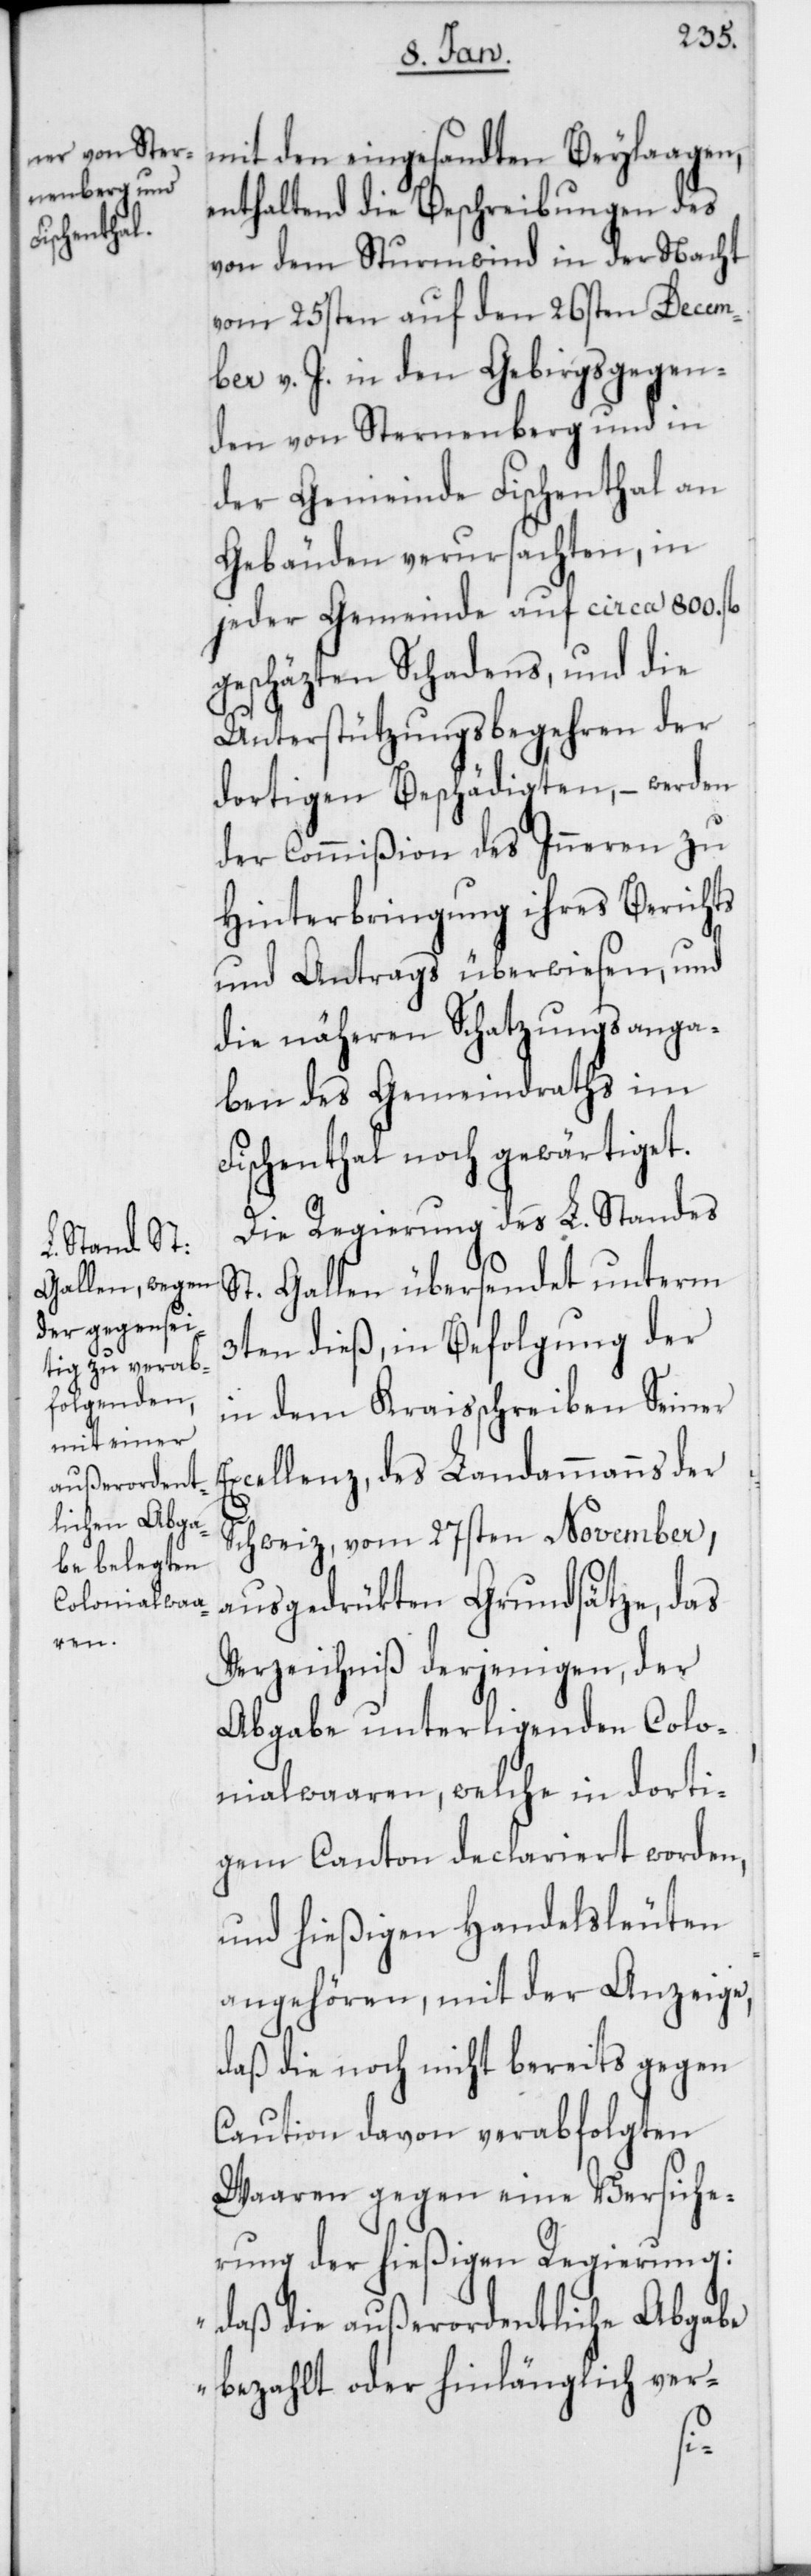
mit den eingesandten Beylaagen,
enthaltend die Beschreibungen des
von dem Sturmwind in der Nacht
vom 25sten auf den 26sten Decem¬
ber v. J. in den Gebirgsgegen¬
den von Sternenberg und in
der Gemeinde Fischenthal an
Gebäuden verursachten, in
jeder Gemeinde auf circa 800. fl
geschäzten Schadens, und die
Unterstützungsbegehren der
dortigen Beschädigten, – werden
der Commißion des Inneren zu
Hinterbringung ihres Berichts
und Antrags überwiesen, und
die näheren Schatzungsanga¬
ben des Gemeindraths im
Fischenthal noch gewärtiget.
Die Regierung des L. Standes
St. Gallen übersendet unterm
3ten dieß, in Befolgung der
in dem Kraisschreiben Seiner
Excellenz, des Landammanns der
Schweiz, vom 27sten November,
ausgedrükten Grundsätze, das
Verzeichniß derjenigen, der
Abgabe unterligenden Colo¬
nialwaaren, welche in dorti¬
gem Canton declariert worden,
und hießigen Handelsleuten
angehören, mit der Anzeige,
daß die noch nicht bereits gegen
Caution davon verabfolgten
Waaren gegen eine Versiche¬
rung der hießigen Regierung:
„daß die außerordentliche Abgabe
bezahlt oder hinlänglich ver-